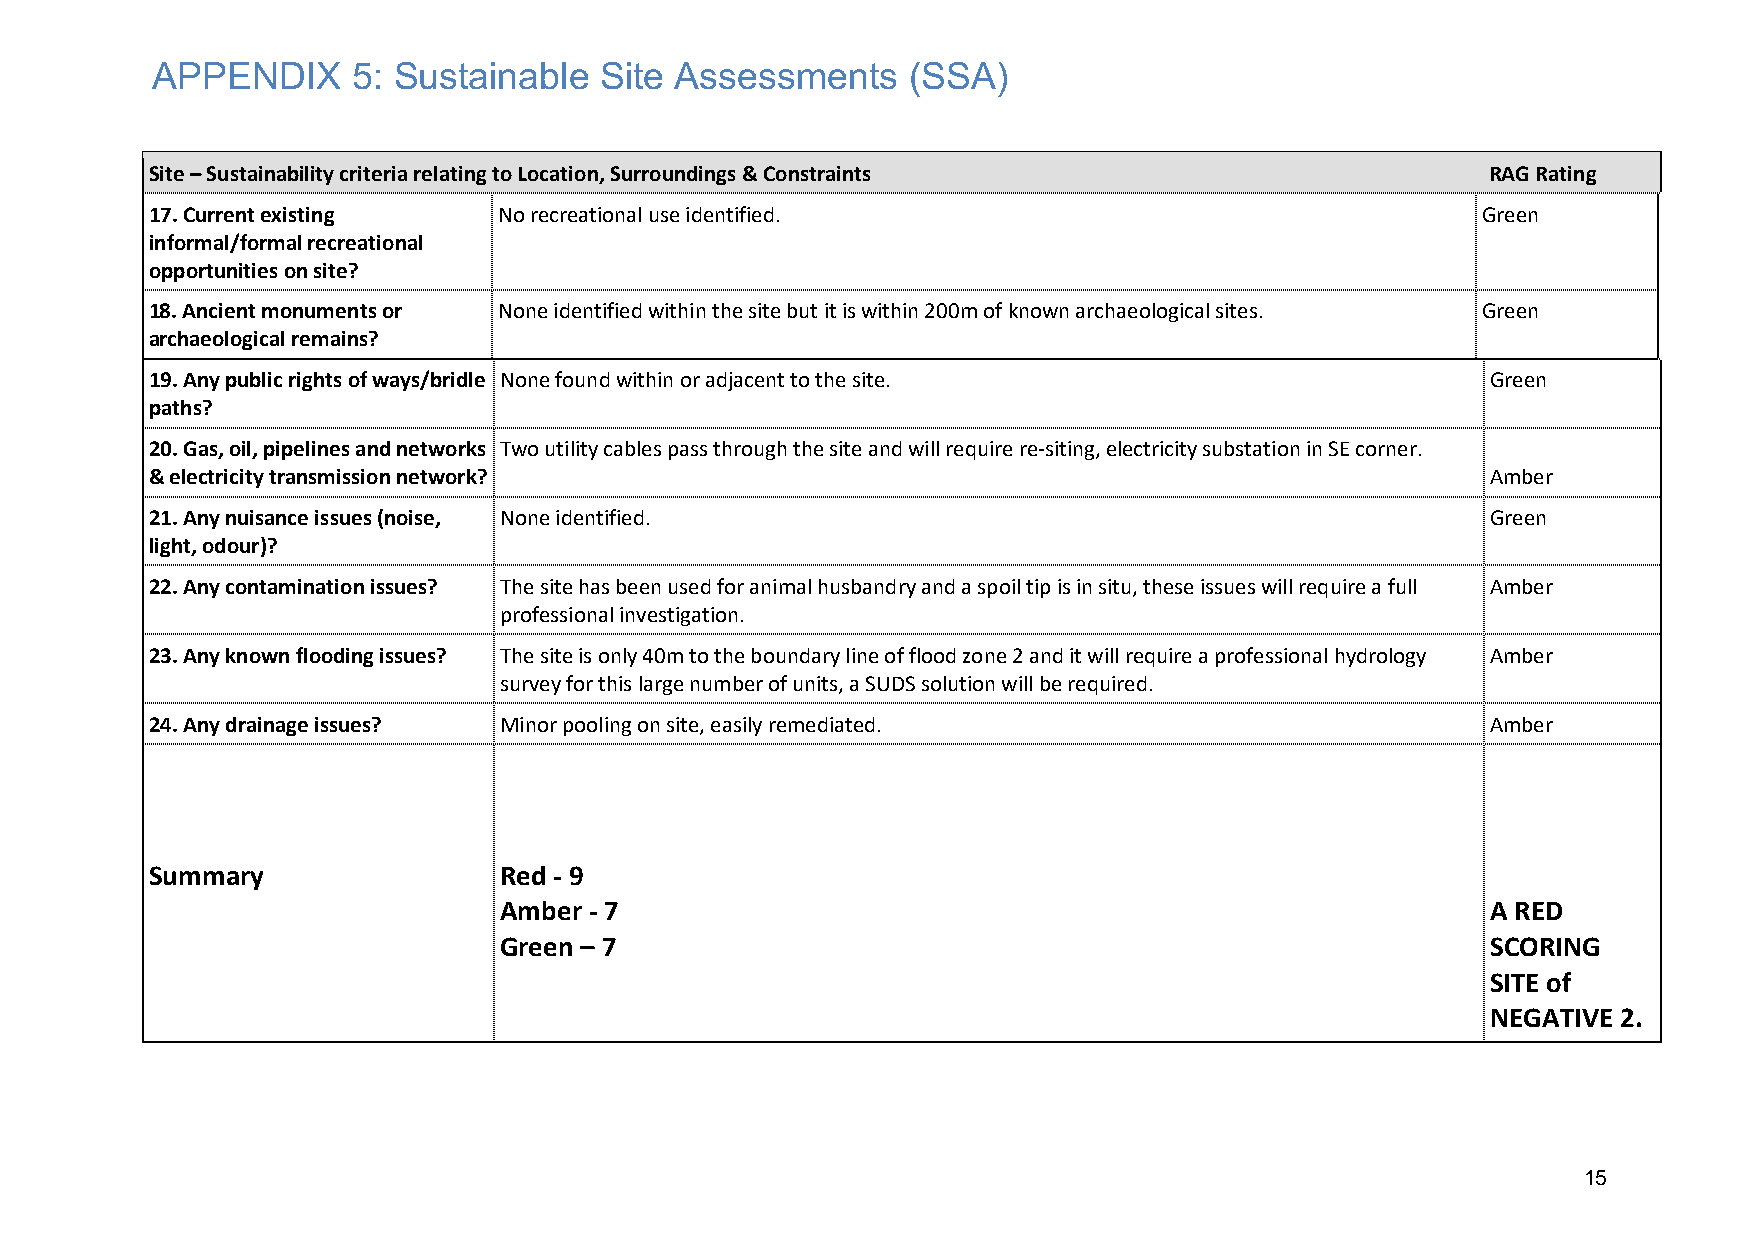
APPENDIX     5: Sustainable   Site Assessments    (SSA)
 Site – Sustainability criteria relating to Location, Surroundings & Constraints          RAG Rating
 17. Current existing   No recreational use identified.                                  Green
 informal/formal recreational
 opportunities on site?
 18. Ancient monuments or None identified within the site but it is within 200m of known archaeological sites. Green
 archaeological remains?
 19. Any public rights of ways/bridle None found within or adjacent to the site.          Green
 paths?
 20. Gas, oil, pipelines and networks Two utility cables pass through the site and will require re-siting, electricity substation in SE corner.
 & electricity transmission network?                                                      Amber
 21. Any nuisance issues (noise, None identified.                                         Green
 light, odour)?
 22. Any contamination issues? The site has been used for animal husbandry and a spoil tip is in situ, these issues will require a full Amber
 professional investigation.
 23. Any known flooding issues? The site is only 40m to the boundary line of flood zone 2 and it will require a professional hydrology Amber
 survey for this large number of units, a SUDS solution will be required.
 24. Any drainage issues? Minor pooling on site, easily remediated.                       Amber
 Summary                Red - 9
 Amber - 7                                                         A RED
 Green – 7                                                         SCORING
 SITE of
 NEGATIVE 2.
 15